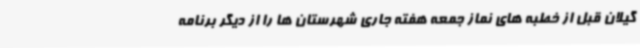
گیلان قبل از خطبه های نماز جمعه هفته جاری شهرستان ها را از دیگر برنامه